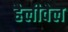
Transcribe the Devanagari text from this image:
हैलीवेल